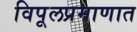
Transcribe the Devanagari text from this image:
विपूलप्रमाणात